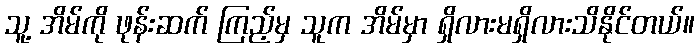
သူ့ အိမ်ကို ဖုန်းဆက် ကြည့်မှ သူက အိမ်မှာ ရှိလားမရှိလားသိနိုင်တယ်။